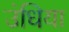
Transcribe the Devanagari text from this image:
उंधिया